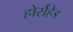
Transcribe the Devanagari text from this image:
होर्सहेड